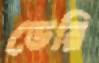
ডেরি